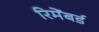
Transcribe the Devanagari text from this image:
रिमेंबर्ड